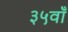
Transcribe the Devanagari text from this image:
३५वाँ